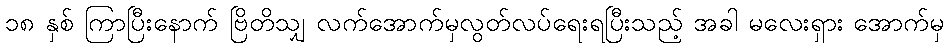
၁၈ နှစ် ကြာပြီးနောက် ဗြိတိသျှ လက်အောက်မှလွတ်လပ်ရေးရပြီးသည့် အခါ မလေးရှား အောက်မှ